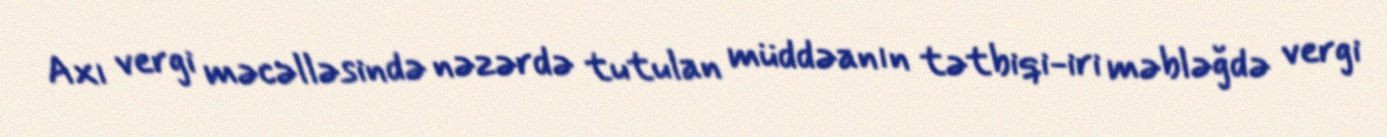
Axı vergi məcəlləsində nəzərdə tutulan müddəanın tətbiqi-iri məbləğdə vergi